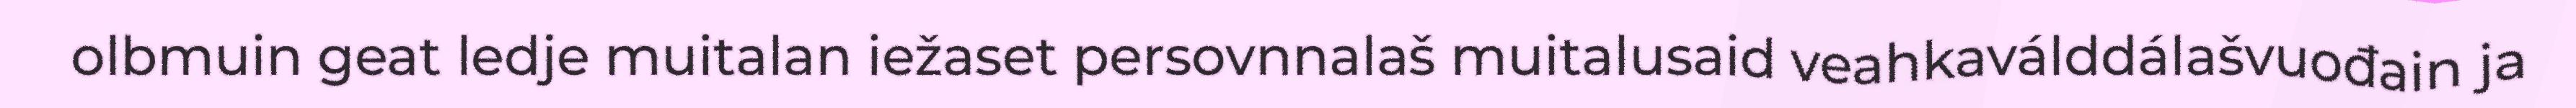
olbmuin geat ledje muitalan iežaset persovnnalaš muitalusaid veahkaválddálašvuođain ja